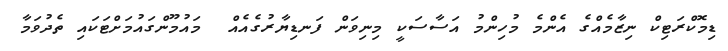
ޑިމޮކްރަޓިކް ނިޒާމެއްގެ އެންމެ މުހިންމު އަސާސަކީ މިނިވަން ފަނޑިޔާރުގެއެއް  މައުމޫންގައުމަށްޓަކައި ތެދުވަމާ